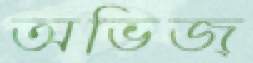
অভিজ্